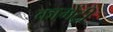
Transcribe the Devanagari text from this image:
कामेंट्री